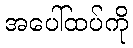
အပေါ်ထပ်ကို